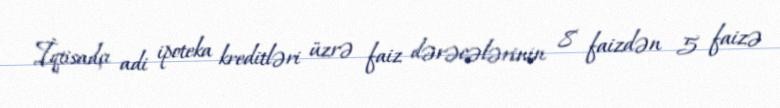
İqtisadçı adi ipoteka kreditləri üzrə faiz dərəcələrinin 8 faizdən 5 faizə